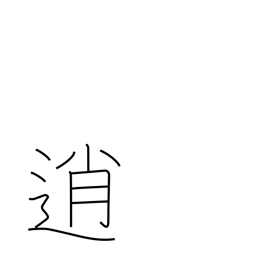
Meaning: loaf